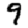
Digit: 9